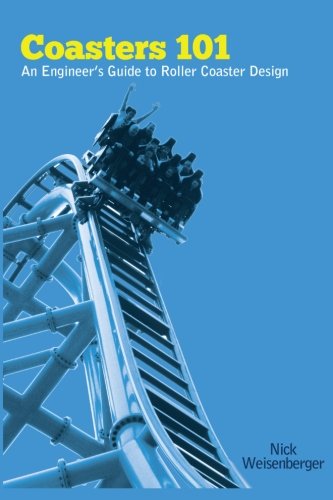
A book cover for Coasters 101: An Engineer's Guide to Roller Coaster Design; Nick Weisenberger; Travel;